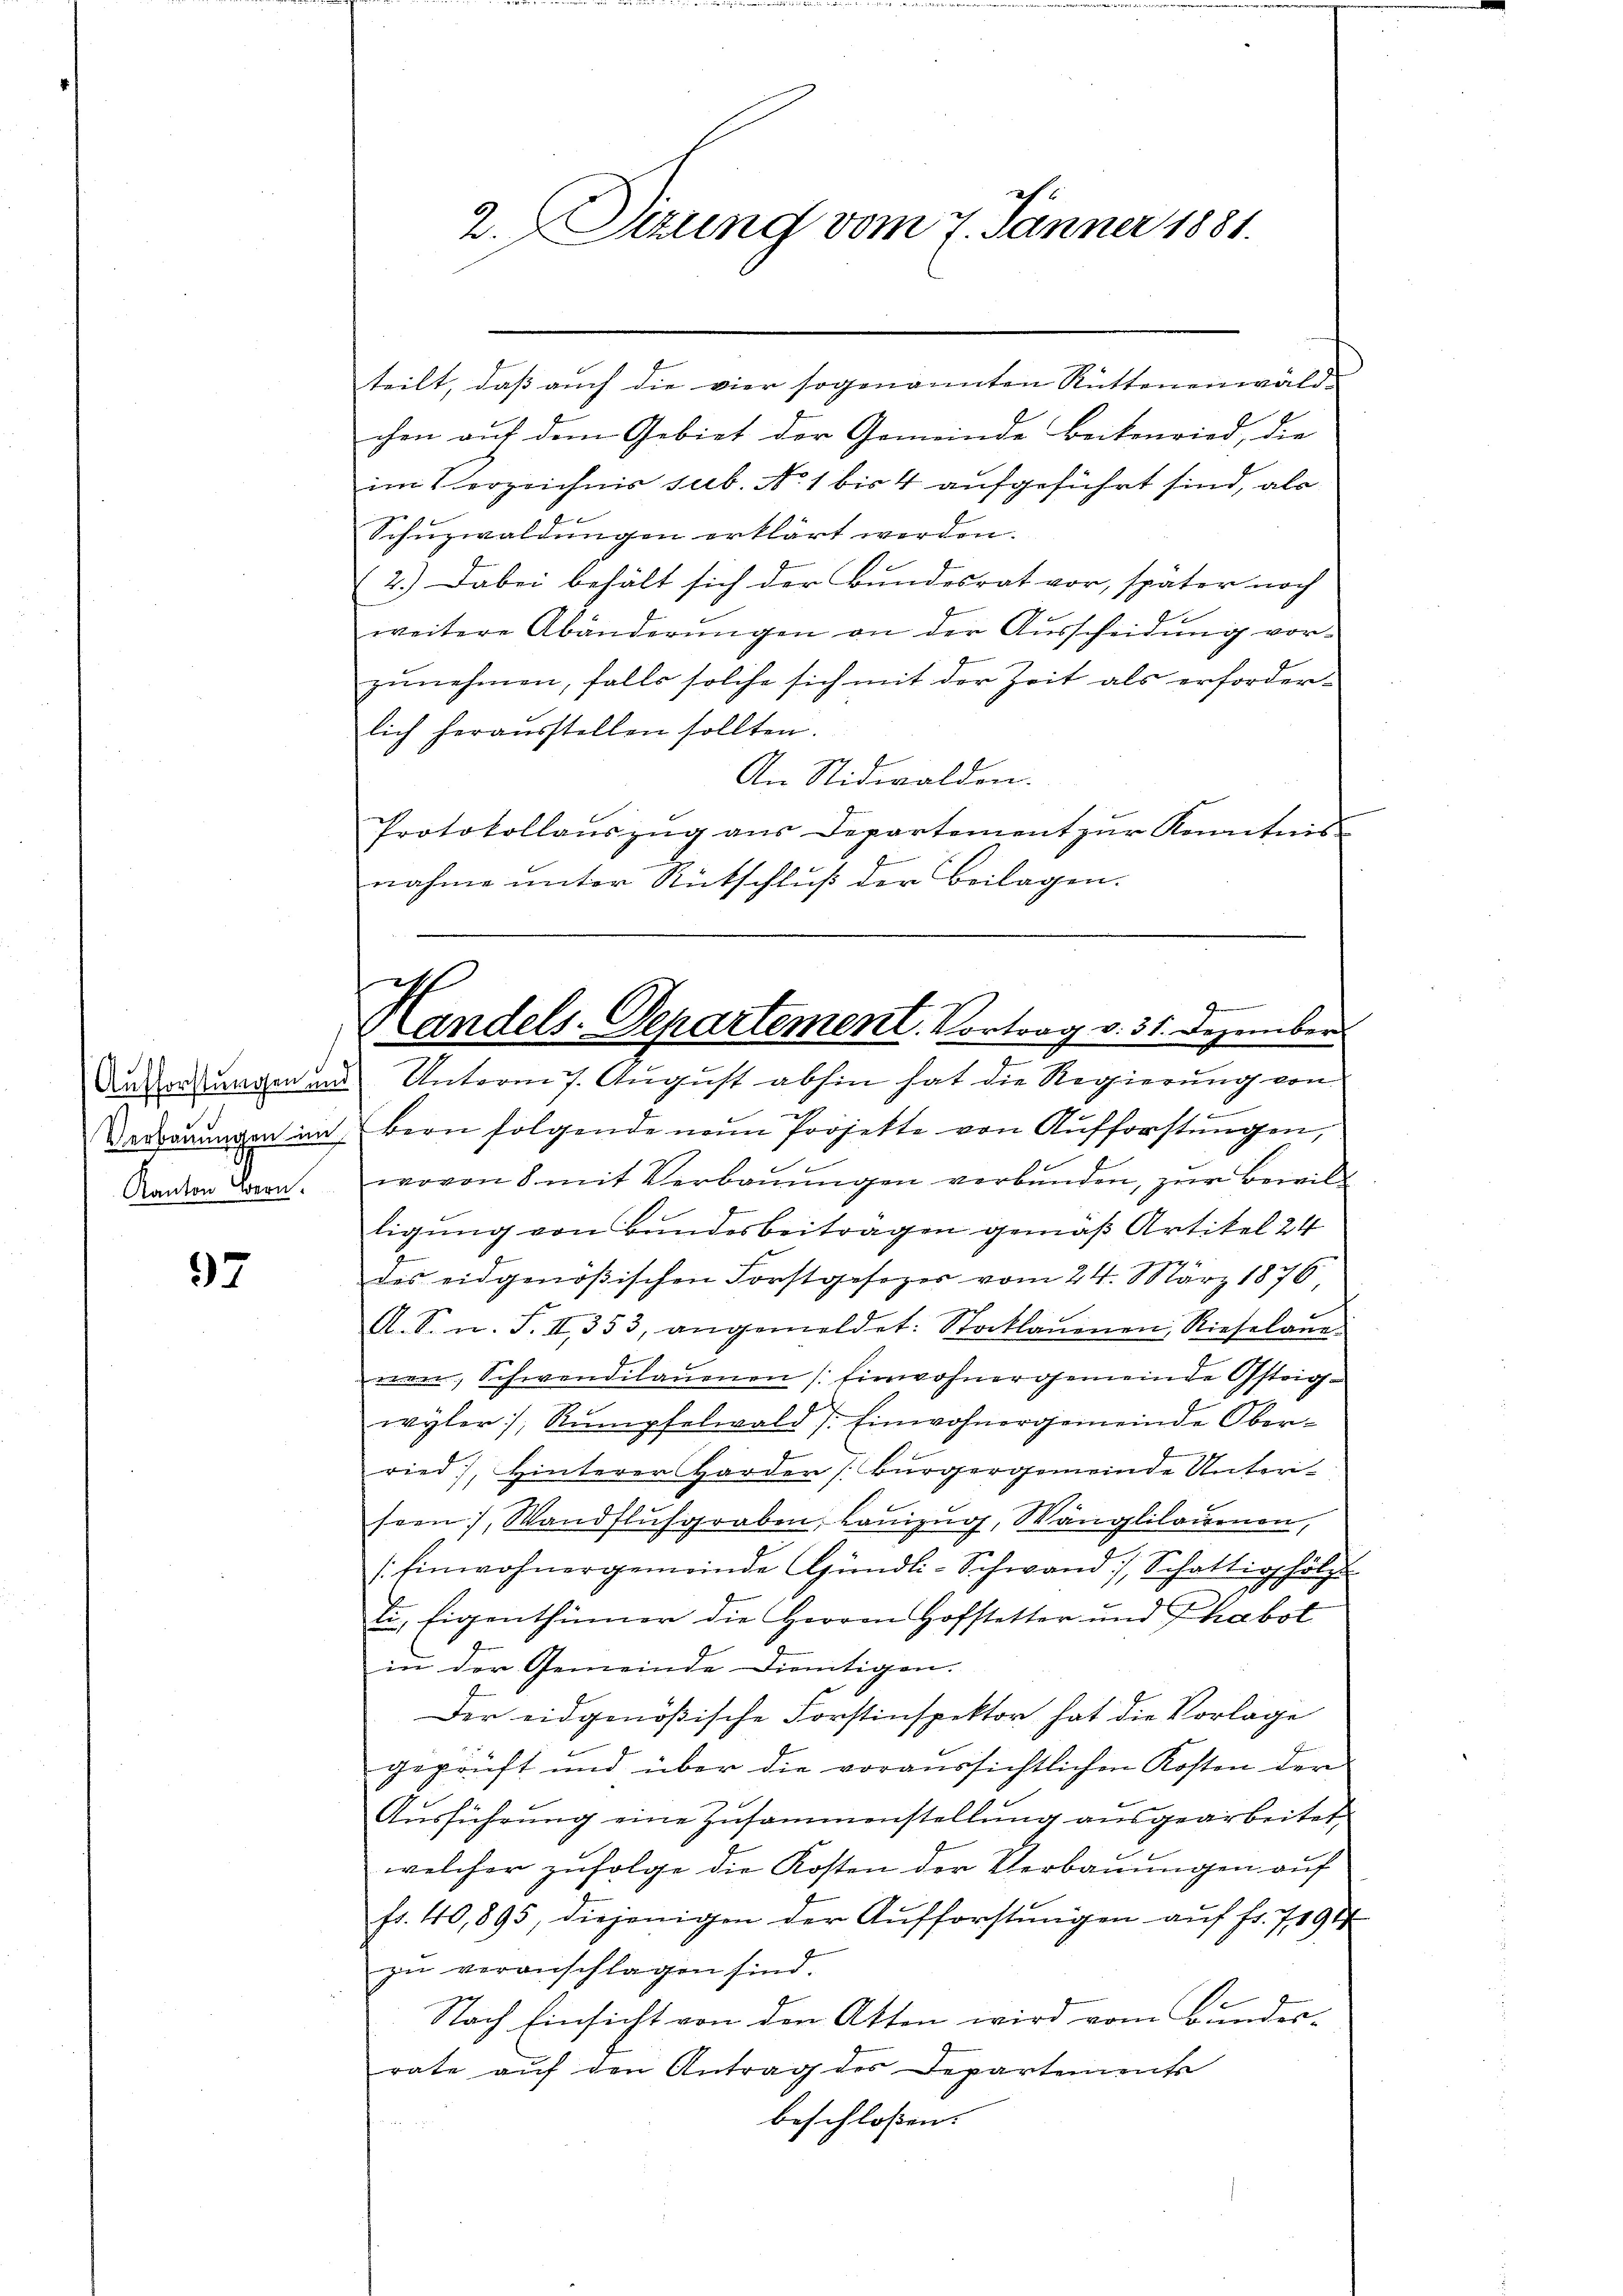
Aufforstungen und
Verbauungen im
Kanton Bern.

97

teilt, daß auch die vier sogenannten Rüttenenwaldchen auf dem Gebiet der Gemeinde Beikenried, die
im Verzeichnis sub. No. 1 bis 4 aufgeführt sind, abe
Schuzwaldungen erklärt werden.
2.) Dabei behält sich der Bundesrat vor, später noch
weitere Abänderŭngen an der Aŭsscheidŭng vor-
zunehmen, falls solche sich mit der Zeit als erforderlich heraŭsstellen sollten.
An Nidwalden.
Protokollaŭszŭg aŭs Departement zŭr Kenntnis
nahme unter Rückschluß der Beilagen.

2.Sizung vom 7. Jänner 1881.

G.
Handels-Departement. Vortrag v. 31. Dezember

Unterm 7. August abhin hat die Regierung von
u
bern folgende neun Projekte von Aufforstungen,
wovon 8 mit Verbauungen verbunden, zur Beweil
ligung von Bundesbeitragen gemäß Artikel 24
des eidgenößischen Forstgesezes vom 24. März 1876
A. S. n. F. II 353, angemeldet: Stocklauenen, Rieselaue
nen, Schwendilauenen (Einwohnergemeinde Gsteigwyler, Rumpfelwald 7. Einwohnergemeinde Ober-
2
ried, Hinterer Harder (Bürgergemeinde Unteriseen, Wandflŭsgraben, Lanzug, Wänglilauenen,
Einwohnergemeinde Apündli-Schwand, Schattigholz
ti, Eigenthümer die Herren Hofstetter und Phabot
in der Gemeinde dientigen.
Der eidgenößische Forstinspektor hat die Vorlage
geprüft und über die voraussichtlichen Kosten der
Aŭsführŭng eine Zusammenstellŭng ausgearbeitet
welcher zufolge die Kosten der Verbauungen auf
fr. 40,895, diejenigen der Aufforstungen auf Fr. 7191
zu veranschlagen sind.
Nach Einsicht von den Atten wird vom Bunder-
rate auf den Antrag des Departements
beschlossen: |